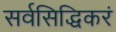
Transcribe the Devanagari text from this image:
सर्वसिद्धिकरं